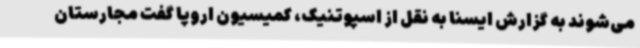
می‌شوند به گزارش ایسنا به نقل از اسپوتنیک، کمیسیون اروپا گفت مجارستان